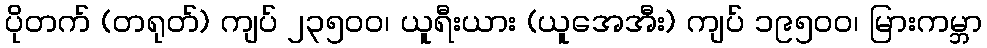
ပိုတက် (တရုတ်) ကျပ် ၂၃၅၀ဝ၊ ယူရီးယား (ယူအေအီး) ကျပ် ၁၉၅၀ဝ၊ မြားကမ္ဘာ